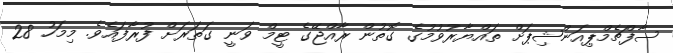
ސާފްޗެމްޕިއަންޝިޕަށް ތައްޔާރުވުމުގެ ގޮތުން ރާއްޖޭގެ ޓީމް ވަނީ ގަތަރަށް ފުރާފައެވެ. މިމަހު 28